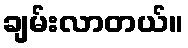
ချမ်းလာတယ်။